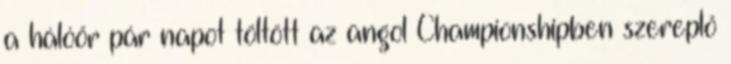
a hálóőr pár napot töltött az angol Championshipben szereplő